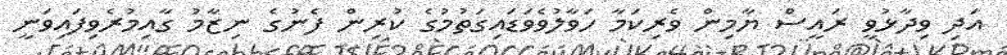
އަދި ވިދާޅުވީ ރައީސް ޔާމިން ވެރިކަމާ ހަވާލުވެވަޑައިގަތުމުގެ ކުރިން ފެނުގެ ނިޒާމު ގާއިމުރެވިފައިވަނީ